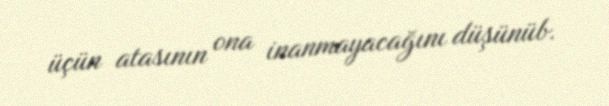
üçün atasının ona inanmayacağını düşünüb.